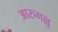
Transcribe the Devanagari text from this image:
आरुगल्लु